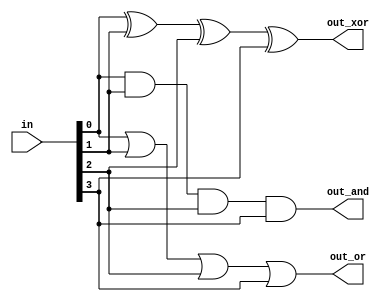
// 15_gates4.v

module top_module( 
    input [3:0] in,
    output out_and,
    output out_or,
    output out_xor
);

    assign out_and = in[0]&in[1]&in[2]&in[3];
    assign out_or  = in[0]|in[1]|in[2]|in[3];
    assign out_xor = in[0]^in[1]^in[2]^in[3];

endmodule